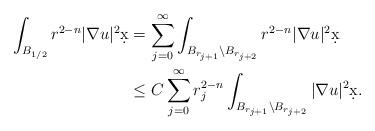
LaTeX: \begin{align*}\int_{B_{1/2}} r^{2-n} |\nabla u|^2 \d x &= \sum_{j = 0}^{\infty} \int_{B_{r_{j+1}} \setminus B_{r_{j+2}}} r^{2-n} |\nabla u|^2 \d x\\& \leq C \sum_{j = 0}^{\infty} r_j^{2-n} \int_{B_{r_{j+1}} \setminus B_{r_{j+2}}} |\nabla u|^2 \d x.\end{align*}